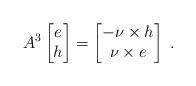
LaTeX: \begin{align*} A^3\left[\begin{matrix} e \\ h \end{matrix} \right] = \left[\begin{matrix} -\nu \times h \\ \nu\times e \end{matrix} \right]\;.\end{align*}